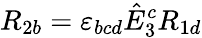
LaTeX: R_{2b}=\varepsilon_{bcd}\hat{E}_{3}^{c}R_{1d}